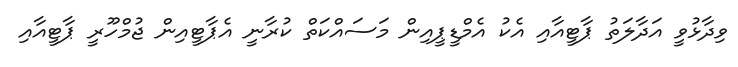
ވިދާޅުވީ އަދާލަތު ޕާޓީއާއި އެކު އެމްޑީޕީއިން މަސައްކަތް ކުރާނީ އެޕާޓީއިން ޖުމްހޫރީ ޕާޓީއާއި